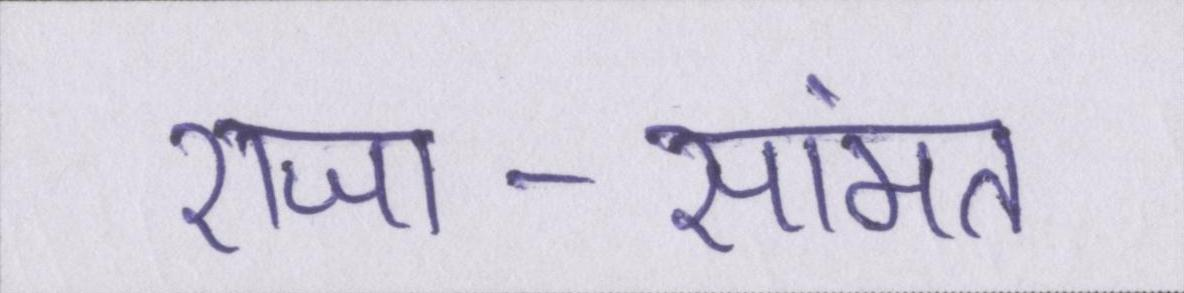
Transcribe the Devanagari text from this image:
राजा-सामंत